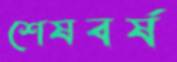
শেষবর্ষ